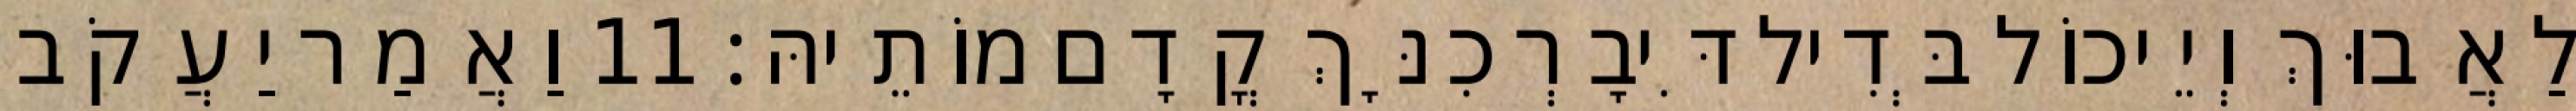
לַאֲבוּךְ וְיֵיכוֹל בְּדִיל דִּיבָרְכִנָּךְ קֳדָם מוֹתֵיהּ׃ 11 וַאֲמַר יַעֲקֹב